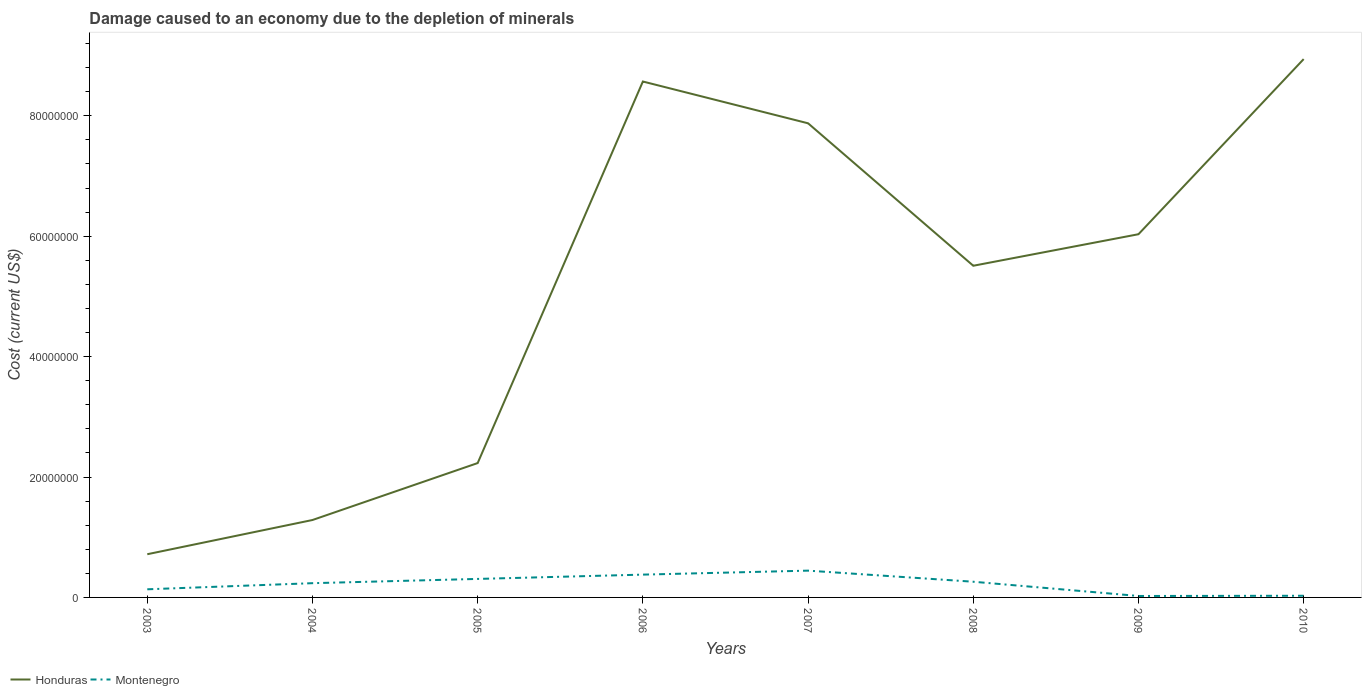
| Years | Honduras | Montenegro |
 | --- | --- | --- |
 | 2003 | 7.18e+06 | 1.35e+06 |
 | 2004 | 1.29e+07 | 2.37e+06 |
 | 2005 | 2.23e+07 | 3.07e+06 |
 | 2006 | 8.57e+07 | 3.79e+06 |
 | 2007 | 7.87e+07 | 4.45e+06 |
 | 2008 | 5.51e+07 | 2.61e+06 |
 | 2009 | 6.03e+07 | 2.4e+05 |
 | 2010 | 8.94e+07 | 2.78e+05 |